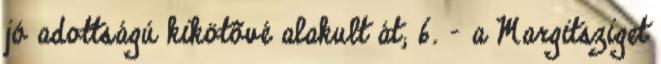
jó adottságú kikötõvé alakult át; 6. - a Margitsziget